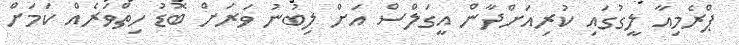
ޕްރެމިއާ ލީގުގައި ކުރިއަށްދާން އީގަލްސް އަށް ލިބުނު ވަރަށް ބޮޑު ހިތްވަރެއް ކަމަށް